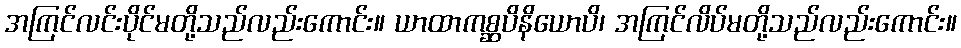
အကြင်လင်းပိုင်မတို့သည်လည်းကောင်း။ ယာထာကစ္ဆပိနိယောပိ၊ အကြင်လိပ်မတို့သည်လည်းကောင်း။